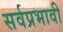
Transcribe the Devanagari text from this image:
सर्वप्रभावी